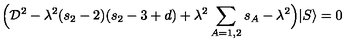
\Big ( { \cal D } ^ { 2 } - \lambda ^ { 2 } ( s _ { 2 } - 2 ) ( s _ { 2 } - 3 + d ) + \lambda ^ { 2 } \sum _ { A = 1 , 2 } s _ { A } - \lambda ^ { 2 } \Big ) | S \rangle = 0 \,